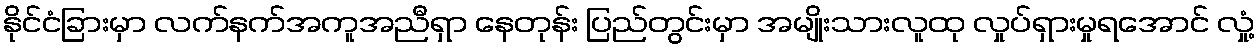
နိုင်ငံခြားမှာ လက်နက်အကူအညီရှာ နေတုန်း ပြည်တွင်းမှာ အမျိုးသားလူထု လှုပ်ရှားမှုရအောင် လှုံ့